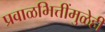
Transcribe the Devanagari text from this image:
प्रवाळभित्तींमुळेही